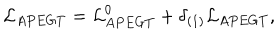
{ \cal L } _ { A P E G T } = { \cal L } _ { A P E G T } ^ { 0 } + \delta _ { ( 1 ) } { \cal L } _ { A P E G T } ,